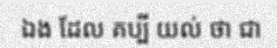
ឯង ដែល គប្បី យល់ ថា ជា